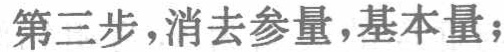
第三步，消去参量，基本量；